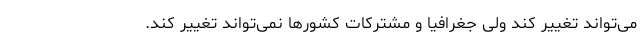
می‌تواند تغییر کند ولی جغرافیا و مشترکات کشورها نمی‌تواند تغییر کند.